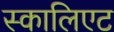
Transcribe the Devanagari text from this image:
स्कालिएट